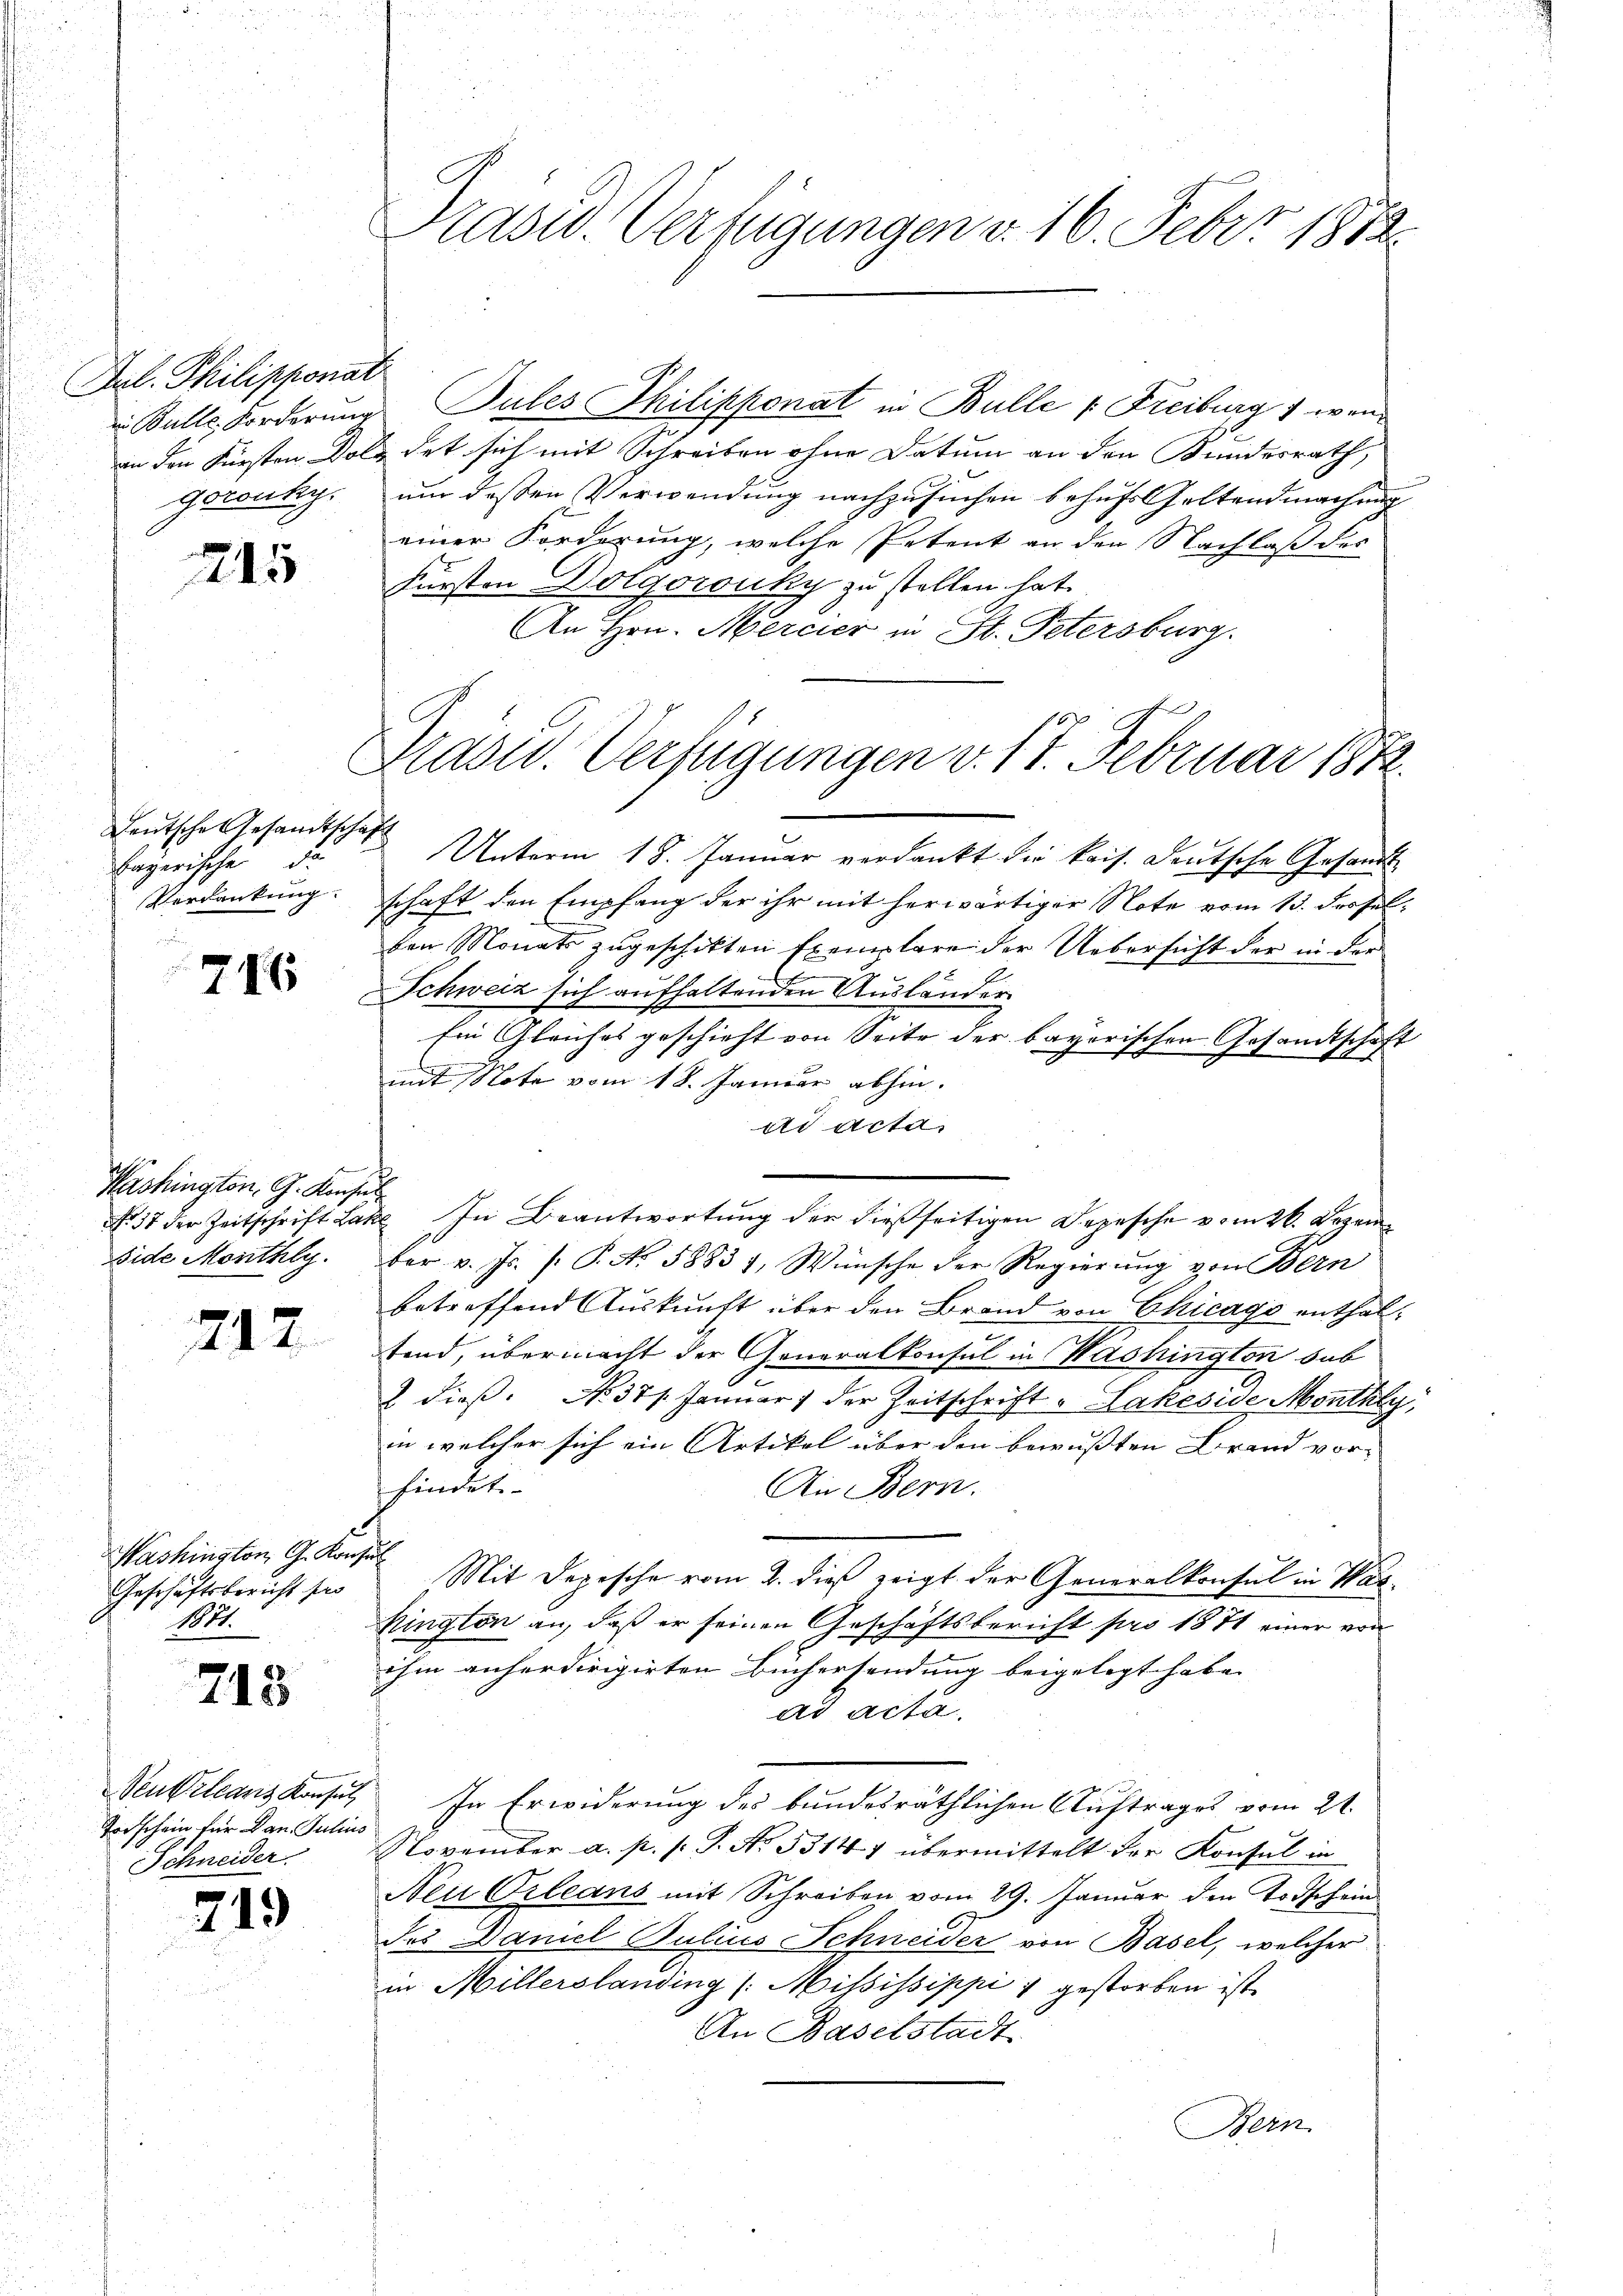
Frl. Philipponat
geronky.

215

Deutsche Gesandtschaft
ayerische de
Verdankung.

746

Washington, G. Konses
Eide Monthey

217

Washington G. Kon¬
Geschäftsbericht se
14.

713

Sentilanz Konsul
Todschein für Dan. Julini
Schneider

719

Prasw. Verfügungen d. 16. Febr. 1872.

an den Fürsten Doldet sich mit Schreiben ohne Datum an den Kundesrath,
um deßen Verwendung nachzusuchen behufs Geltendmachung
einer Forderung, welche Petent an den Nachlaß des
Fürsten Dolgoruky zu stellen hat.
An Hrn. Mercier in St. Petersburg.
Prasw. Verfügungen v. 17. Februar 1872.

Bulle Forderung Pules Philipponat in Bulle v. Freiburg 1 wen¬

Unterm 18. Januar verdankt die kais. Deutsche Gesandt
schaft den Empfang der ihr mit herwärtiger Note vom 13. derselden Monats zugeschikten Exemplare der Uebersicht der in der
Schweiz sich aufhaltenden Ausländer
Ein Gleiches geschieht von Seite der bayerischen Gesandtschaft
mit Note vom 18. Januar abhin.
ad acta
NNo. 37 der Zeitschrift Lake. In Beantwortung der dießseitigen Depesche vom 26. Dezem
ber v. Js. f. P. No. 58837, Wünsche der Regierung von Bern
betreffend Auskunft über den Brand von Chicago enthaltend, übermacht der Generalkonsul in Washington hab
2 dieß. No 371. Januar) der Zeitschrift „Lakeside Monthey,
in welcher sich ein Artikel über den bewussten Brand vor-
findet.
An Bern.
f
Mit Depesche vom 2. dieß zeigt der Generalkonsul in Washington an, daß er seinen Geschäftsbericht pro 1871 einer von
ihm anherdirigirten Büchersendung beigelegt habe. |
ad acta.
In Erwiderung des bundesräthlichen Auftrages vom 21.
November a. p. s. S. No. 53147 übermittelt der Konsul in
Neu Orleans mit Schreiben vom 29. Januar den Todschein
des Daniel Julius Schneider von Basel, welcher
in Millerslanding /: Mississippi 1 gestorben ist
An Baselstadt
Bern